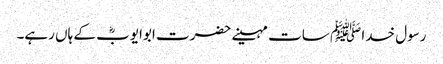
رسول خدا ﷺ سات مہینے حضرت ابوایوبؓ کے ہاں رہے۔